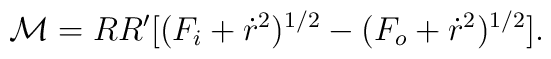
{\cal M}= R R'[ (F_i+\dot{r}^2)^{1/2} - (F_o + \dot{r}^2)^{1/2}].